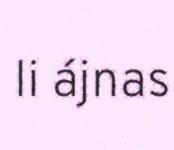
li ájnas